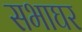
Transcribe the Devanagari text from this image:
सभाघर